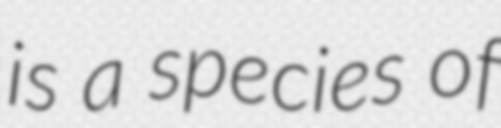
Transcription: is a species of